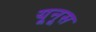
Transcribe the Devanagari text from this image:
यूनूस